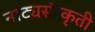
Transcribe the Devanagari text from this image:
नाट्यसंस्कृती